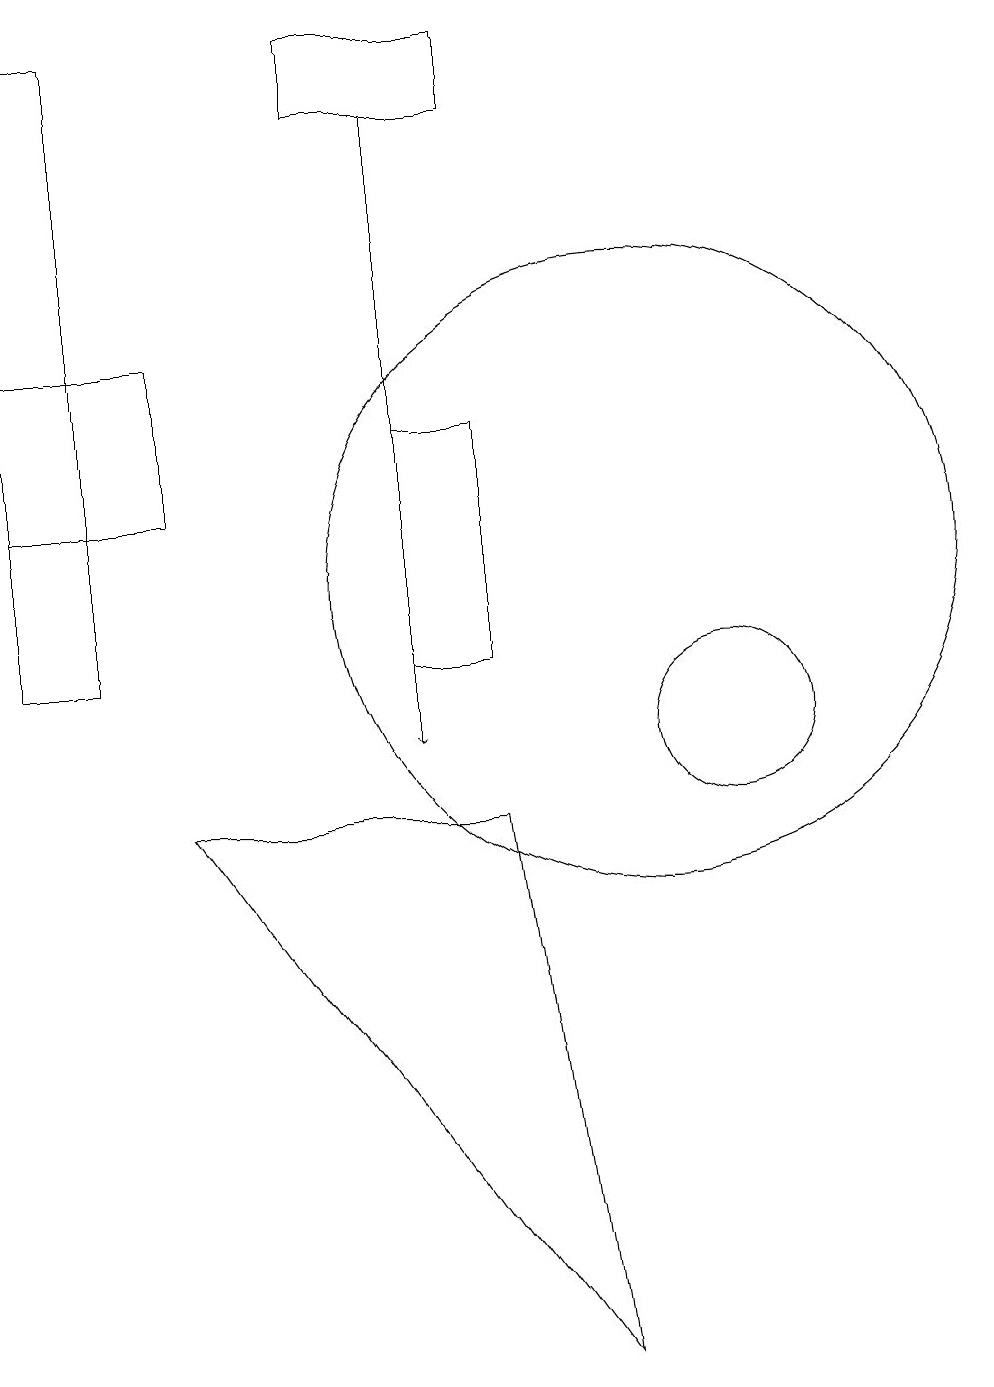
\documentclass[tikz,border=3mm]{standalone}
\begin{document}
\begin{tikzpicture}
\draw[->] (7,18) -- (7,10);
\draw (7,11) rectangle (8,14);
\draw (10,12) circle (4);
\draw (4,13) rectangle (2,15);
\draw (6,19) rectangle (8,18);
\draw (8,9) -- (9,2) -- (4,9) -- cycle;
\draw (3,11) rectangle (2,19);
\draw (11,10) circle (1);
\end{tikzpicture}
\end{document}